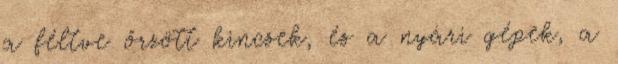
a féltve őrzött kincsek, és a nyári gépek, a